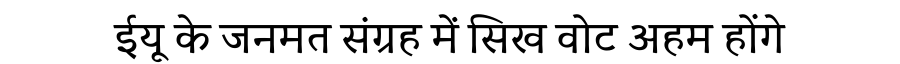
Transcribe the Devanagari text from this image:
ईयू के जनमत संग्रह में सिख वोट अहम होंगे